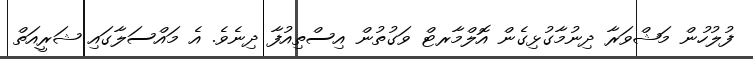
ފުލުހުން މަޝްވަރާ ދިނުމާގުޅިގެން އޮލްމާރޓް ވަގުތުން އިސްތިއުފާ ދިނެވެ. އެ މައްސަލާގައި ޝަރީއަތް